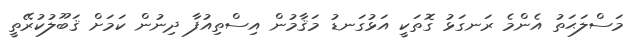
މަސްލަޙަތު އެންމެ ރަނގަޅު ގޮތަކީ އަޅުގަނޑު މަޤާމުން އިސްތިއުފާ ދިނުން ކަމަށް ޤަބޫލުކުރޭތީ